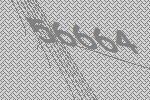
56664